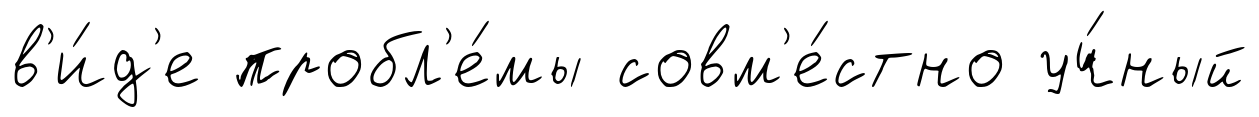
в'и́д'е пробл'е́мы совм'е́стно уч́ный